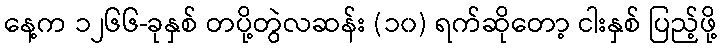
နေ့က ၁၂၆၆-ခုနှစ် တပို့တွဲလဆန်း (၁၀) ရက်ဆိုတော့ ငါးနှစ် ပြည့်ဖို့